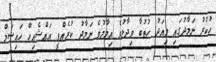
ހުކުރު ނަމާދުގައި މިއަދު ހުތުބާ ވިދާޅުވެ އިމާމުވެ ނަމާދު ކުރެއްވީ އައްޝެއިހް ހައިސަމް